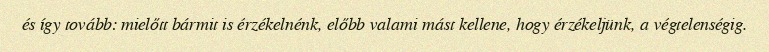
és így tovább: mielőtt bármit is érzékelnénk, előbb valami mást kellene, hogy érzékeljünk, a végtelenségig.